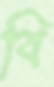
বি